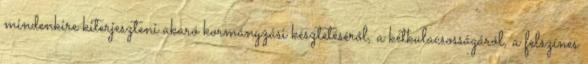
mindenkire kiterjeszteni akaró kormányzási késztetéséről, a kétkulacsosságáról, a felszínes